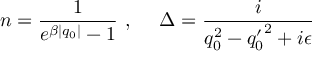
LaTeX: n = \frac { 1 } { e ^ { \beta | q _ { 0 } | } - 1 } ~ , ~ ~ ~ ~ { \Delta } = \frac { i } { q _ { 0 } ^ { 2 } - { q _ { 0 } ^ { \prime } } ^ { 2 } + i \epsilon }